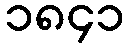
၁၈၄၁